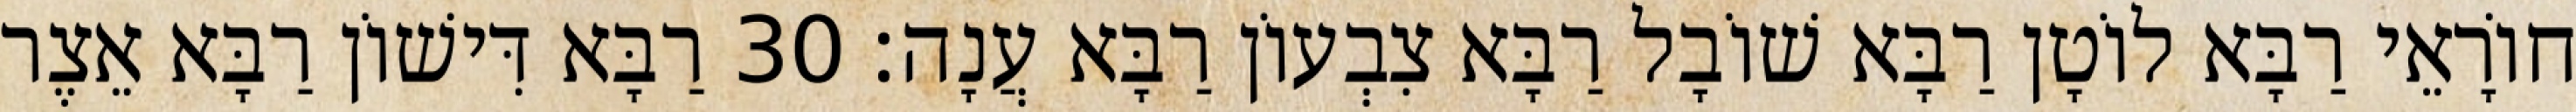
חוֹרָאֵי רַבָּא לוֹטָן רַבָּא שׁוֹבָל רַבָּא צִבְעוֹן רַבָּא עֲנָה׃ 30 רַבָּא דִּישׁוֹן רַבָּא אֵצֶר